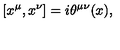
[ x ^ { \mu } , x ^ { \nu } ] = i \theta ^ { \mu \nu } ( x ) ,